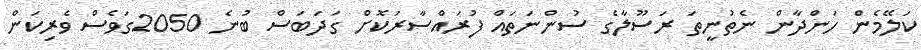
ކަލޭމެން ހަންދާން ނެތުނީތަ ރަސޫލާގެ ސުންނަތައް ފުރައްސާރަކޮށް ގަދަބަސް ބުނެ 2050ގަވެސް ވެރިކަން